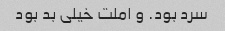
سرد بود. و املت خیلی بد بود